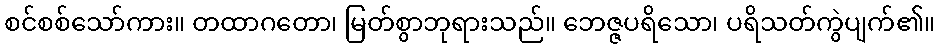
စင်စစ်သော်ကား။ တထာဂတော၊ မြတ်စွာဘုရားသည်။ ဘေဇ္ဇပရိသော၊ ပရိသတ်ကွဲပျက်၏။